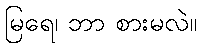
မြရေ၊ ဘာ စားမလဲ။